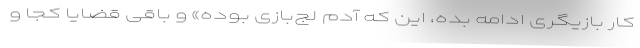
کار بازیگری ادامه بده، این که آدم لج‌بازی بوده» و باقی قضایا کجا و